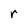
Character: r